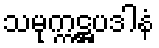
သမုက္ကဋ္ဌပဒါနံ